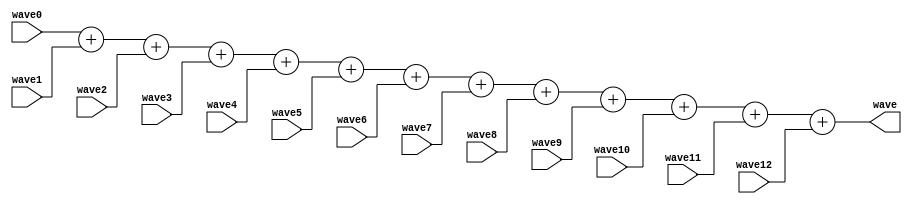
`timescale 1ns / 1ps

/* all waves are summed together and outputted to a slightly larger register which can hold all of them
at their max values without overflowing */

module sumer(wave0,wave1,wave2,wave3,wave4,wave5,wave6,wave7,wave8,wave9,wave10,wave11,wave12,wave);

input [9:0] wave0,wave1,wave2,wave3,wave4,wave5,wave6,wave7,wave8,wave9,wave10,wave11,wave12;

output reg [13:0] wave;

always @(wave0,wave1,wave2,wave3,wave4,wave5,wave6,wave7,wave8,wave9,wave10,wave11,wave12) begin
	wave <= wave0+wave1+wave2+wave3+wave4+wave5+wave6+wave7+wave8+wave9+wave10+wave11+wave12;
end

endmodule